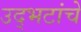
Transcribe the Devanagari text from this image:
उद्भटांचे